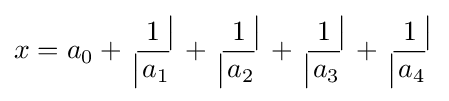
x=a_{0}+{{} \atop {{\big |}\!}}\!{\frac {1}{\,a_{1}}}\!{{\!{\big |}} \atop {}}+{{} \atop {{\big |}\!}}\!{\frac {1}{\,a_{2}}}\!{{\!{\big |}} \atop {}}+{{} \atop {{\big |}\!}}\!{\frac {1}{\,a_{3}}}\!{{\!{\big |}} \atop {}}+{{} \atop {{\big |}\!}}\!{\frac {1}{\,a_{4}}}\!{{\!{\big |}} \atop {}}